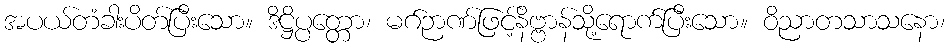
အပယ်တံခါးပိတ်ပြီးသော။ ဒိဋ္ဌိပ္ပတ္တော၊ မဂ်ဉာဏ်ဖြင့်နိဗ္ဗာန်သို့ရောက်ပြီးသော။ ဝိညာတသာသနော၊